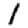
Digit: 1